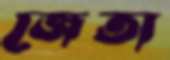
জেতা